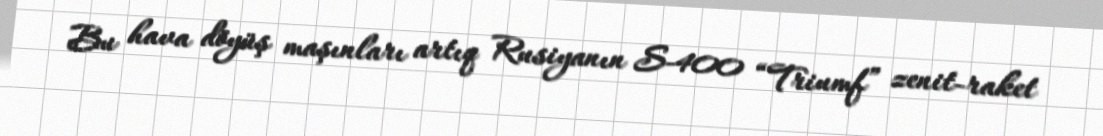
Bu hava döyüş maşınları artıq Rusiyanın S-400 “Triumf” zenit-raket